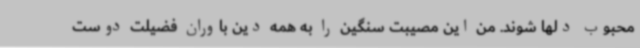
محبوب دلها شوند. من این مصیبت سنگین را به همه دین باوران فضیلت دوست